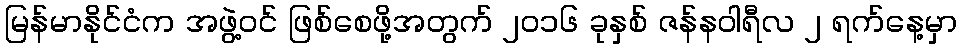
မြန်မာနိုင်ငံက အဖွဲ့ဝင် ဖြစ်စေဖို့အတွက် ၂၀၁၆ ခုနှစ် ဇန်နဝါရီလ ၂ ရက်နေ့မှာ